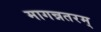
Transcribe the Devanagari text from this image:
मागन्नतरम्